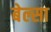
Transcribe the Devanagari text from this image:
बेल्सा